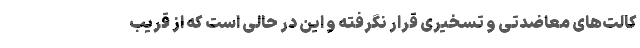
کالت‌های معاضدتی و تسخیری قرار نگرفته و این در حالی است که از قریب